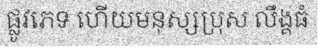
ផ្លូវភេទ ហើយមនុស្សប្រុស លឹង្គធំ